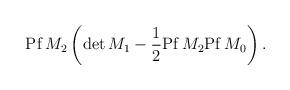
LaTeX: \begin{align*}{\rm Pf}\, M_2 \left( {\rm det}\, M_1 -\frac{1}{2}{\rm Pf}\, M_2 {\rm Pf}\, M_0 \right).\end{align*}